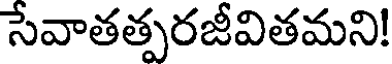
సేవాతత్పరజీవితమని!